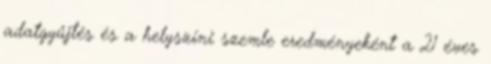
adatgyűjtés és a helyszíni szemle eredményeként a 21 éves